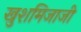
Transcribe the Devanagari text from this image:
खुशमिजाजी